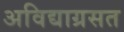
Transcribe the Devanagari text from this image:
अविद्याग्रसत